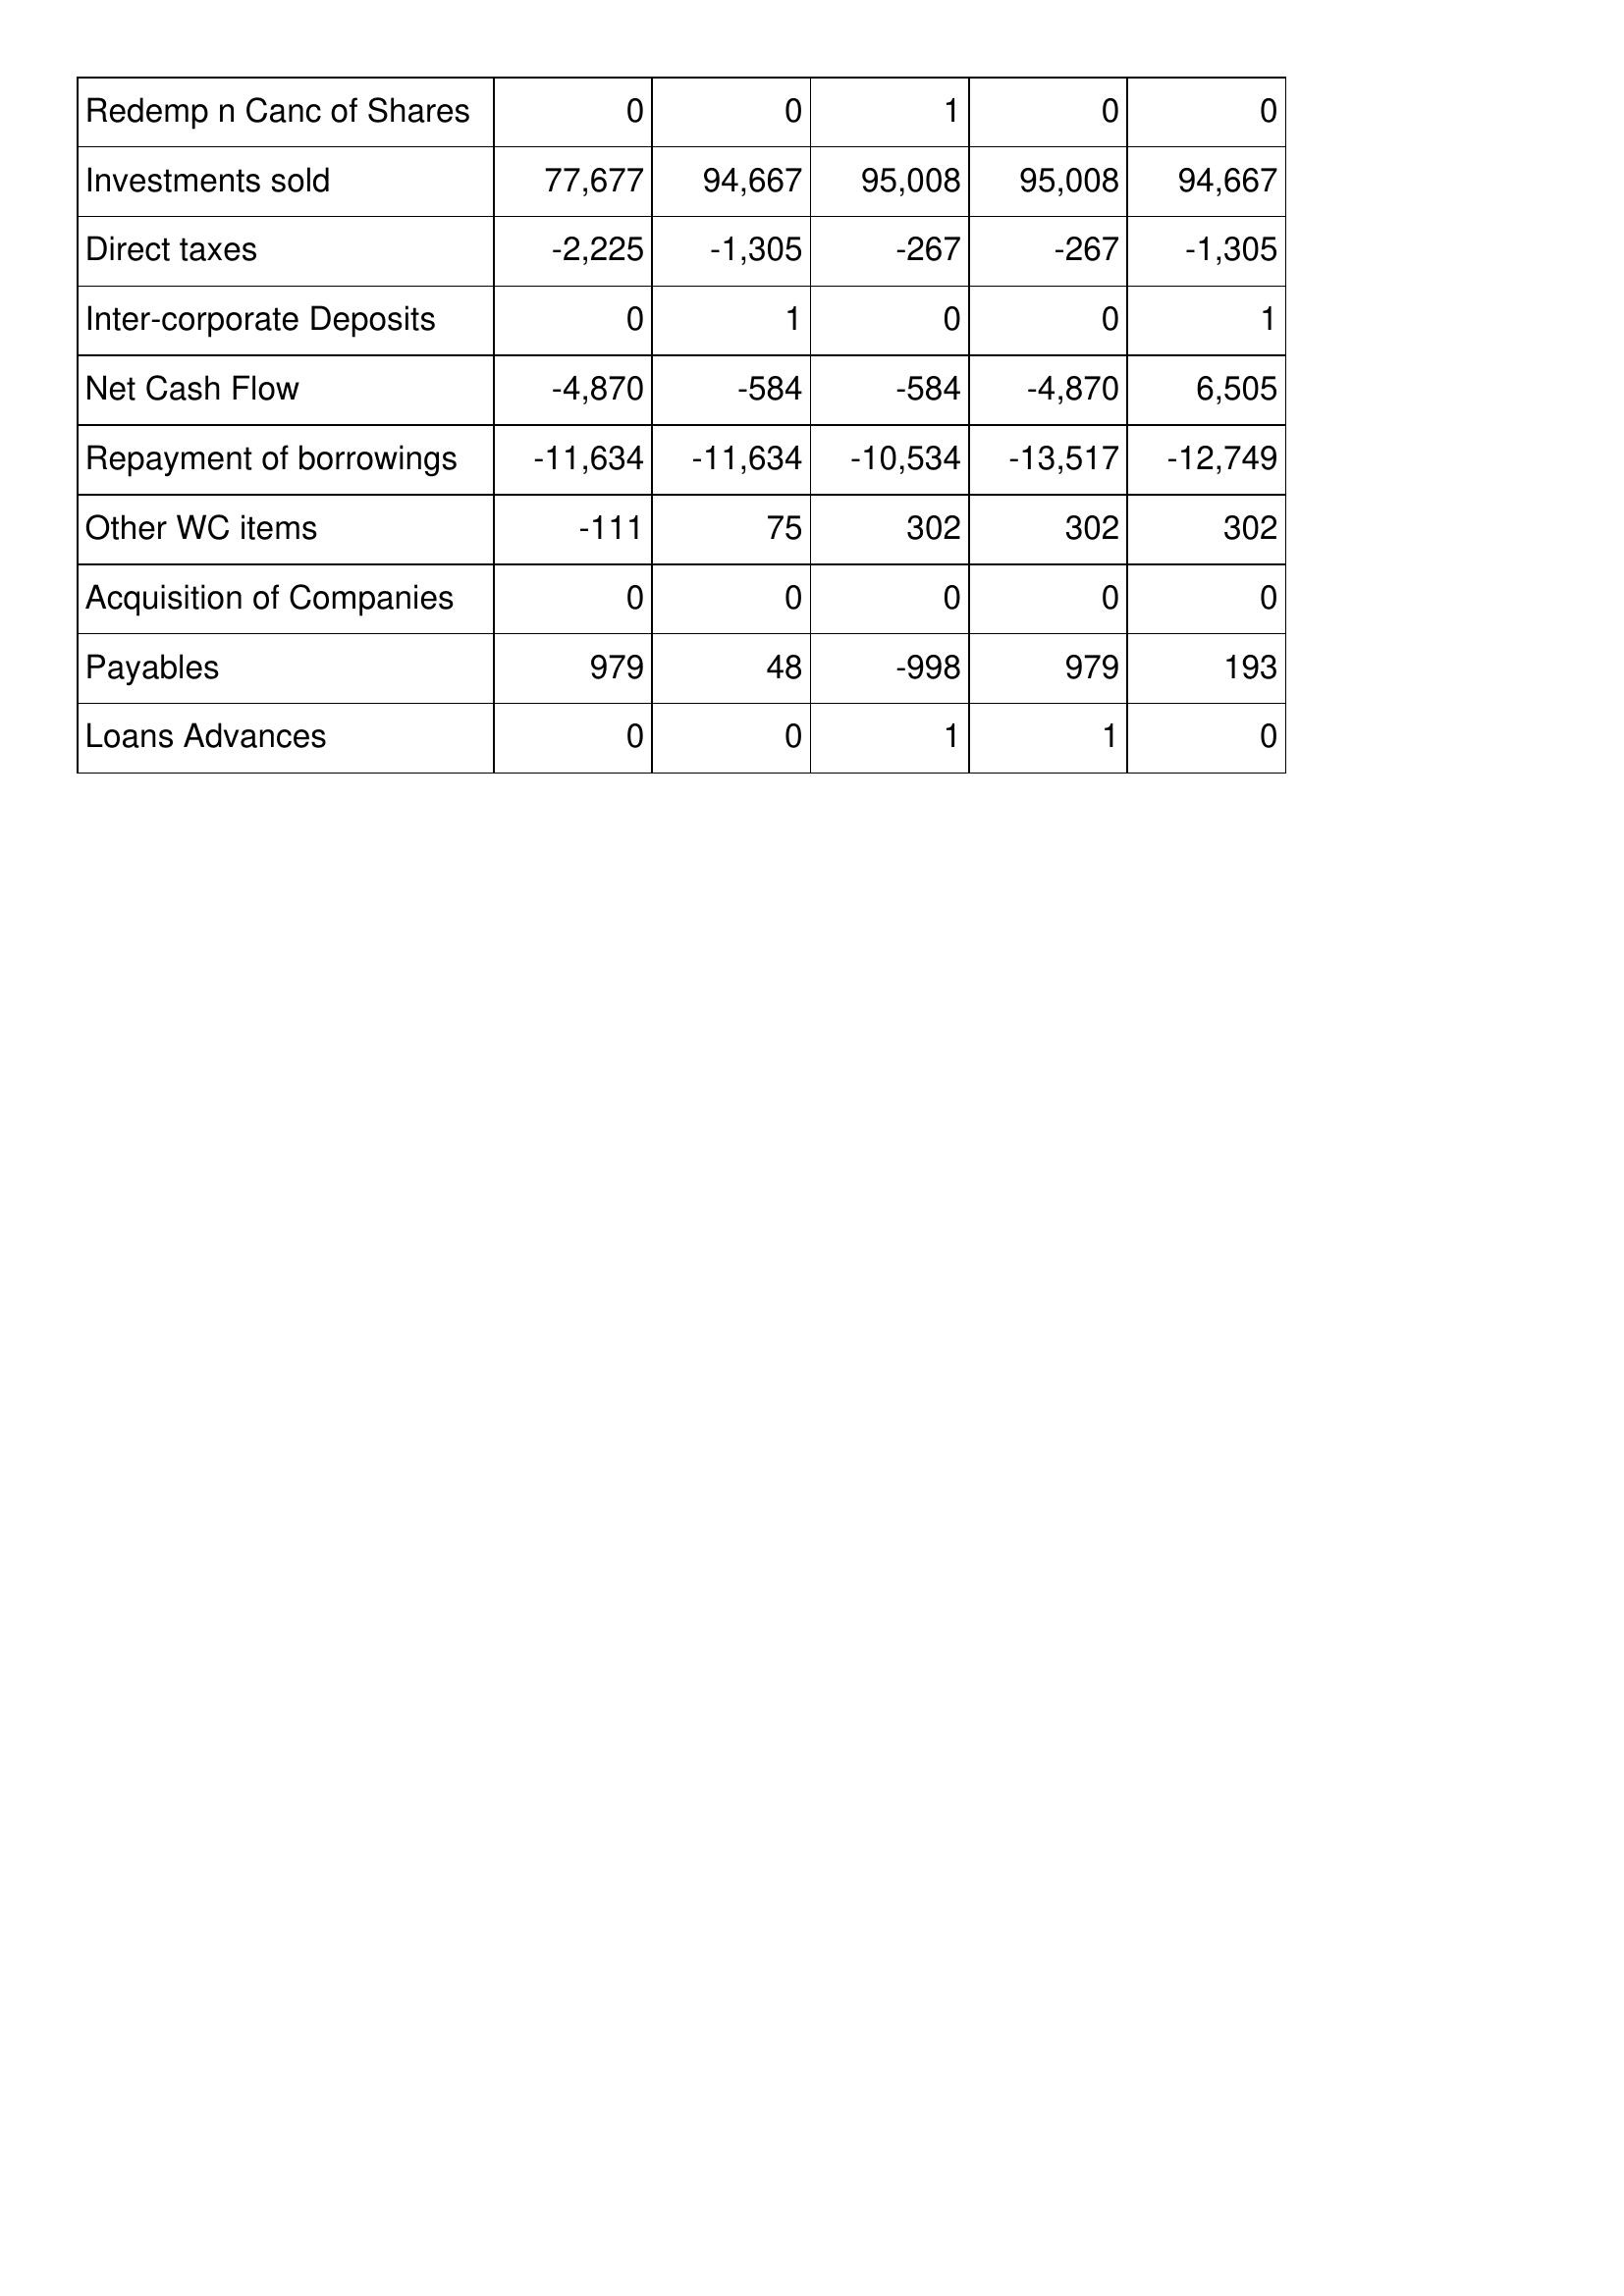
Mar-07: Cash Flows: Redemp n Canc of Shares: 0
Investments sold: 77,677
Direct taxes: -2,225
Inter-corporate Deposits: 0
Net Cash Flow: -4,870
Repayment of borrowings: -11,634
Other WC items: -111
Acquisition of Companies: 0
Payables: 979
Loans Advances: 0
Mar-06: Cash Flows: Redemp n Canc of Shares: 0
Investments sold: 94,667
Direct taxes: -1,305
Inter-corporate Deposits: 1
Net Cash Flow: -584
Repayment of borrowings: -11,634
Other WC items: 75
Acquisition of Companies: 0
Payables: 48
Loans Advances: 0
Mar-05: Cash Flows: Redemp n Canc of Shares: 1
Investments sold: 95,008
Direct taxes: -267
Inter-corporate Deposits: 0
Net Cash Flow: -584
Repayment of borrowings: -10,534
Other WC items: 302
Acquisition of Companies: 0
Payables: -998
Loans Advances: 1
Mar-04: Cash Flows: Redemp n Canc of Shares: 0
Investments sold: 95,008
Direct taxes: -267
Inter-corporate Deposits: 0
Net Cash Flow: -4,870
Repayment of borrowings: -13,517
Other WC items: 302
Acquisition of Companies: 0
Payables: 979
Loans Advances: 1
Mar-03: Cash Flows: Redemp n Canc of Shares: 0
Investments sold: 94,667
Direct taxes: -1,305
Inter-corporate Deposits: 1
Net Cash Flow: 6,505
Repayment of borrowings: -12,749
Other WC items: 302
Acquisition of Companies: 0
Payables: 193
Loans Advances: 0